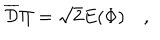
LaTeX: \overline { { { \cal D } } } \Pi = \sqrt 2 E ( \Phi ) \quad ,